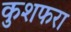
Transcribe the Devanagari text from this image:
कुशफरा